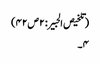
(تلخیص الحبیر: ۲ص۴۲)
۴۔